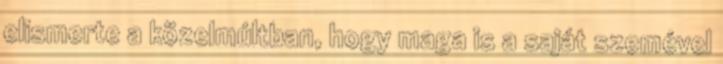
elismerte a közelmúltban, hogy maga is a saját szemével